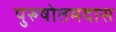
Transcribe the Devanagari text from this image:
पुरुषोतमदास